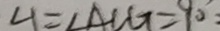
\angle 1 = \angle A C G = 9 0 ^ { \circ }